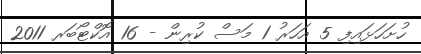
ހުށަހަޅައިފި 5 އަހަރު 1 މަސް ކުރިން - 16 އޮކްޓޯބަރ 2011